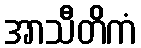
အာသီတိကံ